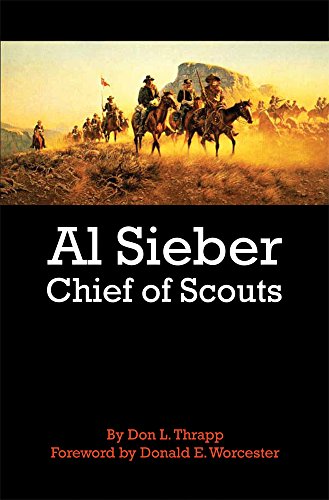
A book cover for Al Sieber: Chief of Scouts; Dan L. Thrapp; Biographies & Memoirs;